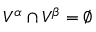
V ^ { \alpha } \cap V ^ { \beta } = \emptyset